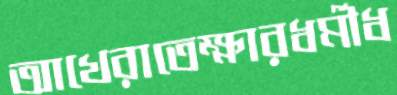
আখেরাতেক্ষারধর্মীধ